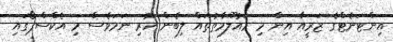
އިންޓަނެޓްގެ ޒަރީއާ އިން މި މައުލޫމާތުތައް ލިބެން ހުރި ނަމަވެސް މި އެކްސްޕޯގައި